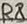
Text: R8